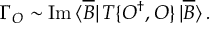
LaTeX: \Gamma _ { \cal O } \sim \mathrm { I m } \, \langle \overline { { B } } | \, T \{ { \cal O } ^ { \dagger } , { \cal O } \} \, | \overline { { B } } \rangle \, .